Annual report on the working of the lock hospitals in the North-Western Provinces and Oudh
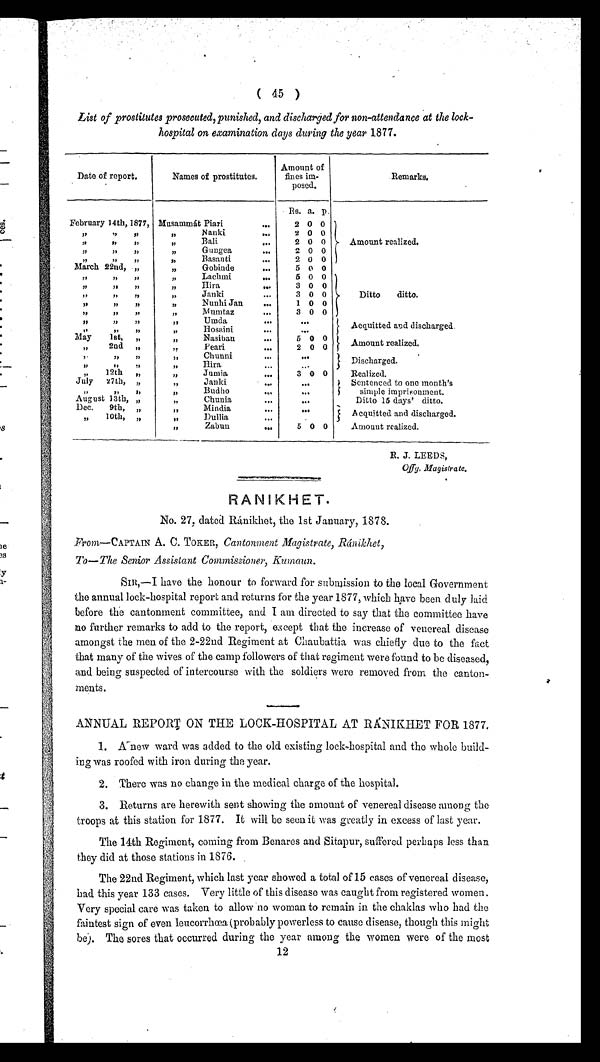
(
45
)
List of prostitutes prosecuted, punished, and discharged for non-attendance at the lock-
hospital on examination days during the year 1877.
Date of report.
Names of prostitutes.
Amount of
fines im-
posed.
Remarks.
Rs. a. p.
February l4th, 1877, Musammát Piari
2 0 0
Amount realized.
,, ,, ,,
,, Nanki
2 0 0
,, ,, ,,
,, Bali
2 0 0
,, ,, ,,
,, Gungea
2 0 0
,, ,, ,,
,, Basanti
2 0 0
March 22nd,,,
, , G o b i n d e
5 o 0
,, ,, ,,
Lachmi
5 0 0
Ditto ditto.
,, ,, ,,
Hira
3 0 0
,, ,, ,,
,, Janki
3 0 0
,, ,, ,,
,, Nunhi Jan
1 0 0
,, ,, ,,
,, Mumtaz
3 0 0
,, ,, ,,
,, Umda
. . .
Acquitted and discharged.
,, Hosaini
,, ,, ,,
. . .
May 1st,,,
,, Nasiban
5 0 0
Amount realized.
,, 2nd,,
,, Peari
2 0 0
,, Chunni
,, ,, ,,
. . .
Discharged.
,, ,, ,,
,, Hira
Realized.
,, 12th ,,
,, Jumia
3 0 0
July 27th,,,
,, Janki
. . .
Sentenced to one month's
simple imprisonment
,, ,, ,,
Budho
. . .
August 13th ,,
,,
Chunia
. . .
Ditto 15 days ditto.
,, Mindia
Dec. 9th,,,
. . .
A cquitted and discharged.
,, 10th,,,
,, Dullia
5 0 0
Amount realized.
,,
Zabun
R. J. LEEDS,
Offy. Magistrate.
RANIKHET.
No. 27, dated Ránikhet, the 1st January, 1878.
From—CAPTAIN A. C. TOKER, Cantonment Magistrate, Ránikhet,
To—The Senior Assistant Commissioner, Kumaun.
SIR,—I have the honour to forward for submission to the local Government
the annual lock-hospital report and returns for the year 1877, which have been duly laid
before the cantonment committee, and I am directed to say that the committee have
no further remarks to add to the report, except that the increase of venereal disease
amongst the men of the 2-22nd Regiment at Chaubattia was chiefly due to the fact
that many of the wives of the camp followers of that regiment were found to be diseased,
and being suspected of intercourse with the soldiers were removed from the canton-
ments.
ANNUAL REPORT ON THE LOOK-HOSPITAL AT RÁNIKHET FOR 1877.
1. A new ward was added to the old existing lock–hospital and the whole build-
ing was roofed with iron during the year.
2. There was no change in the medical charge of the hospital.
3. Returns are herewith sent showing the amount of venereal disease among the
troops at this station for 1877. It will be seen it was greatly in excess of last year.
The 14th Regiment, coming from Benares and Sitapur, suffered perhaps less than
they did at those stations in 1876.
The 22nd Regiment, which last year showed a total of 15 cases of venereal disease,
had this year 133 cases. Very little of this disease was caught from registered women.
Very special care was taken to allow no woman to remain in the chaklas who had the
faintest sign of even leucorrhœa (probably powerless to cause disease, though this might
be). The sores that occurred during the year among the women were of the most
12